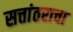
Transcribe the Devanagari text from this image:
सत्तांतराचा